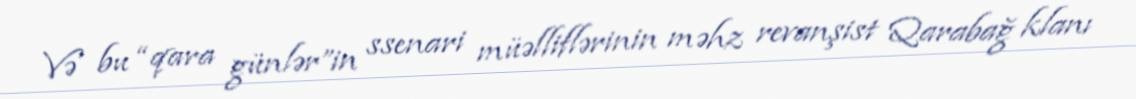
Və bu “qara günlər”in ssenari müəlliflərinin məhz revanşist Qarabağ klanı